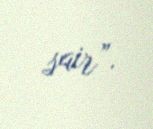
sair”.